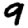
Digit: 9